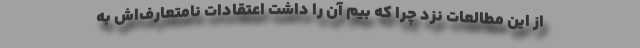
از این مطالعات نزد چرا که بیم آن را داشت اعتقادات نامتعارف‌‌اش به